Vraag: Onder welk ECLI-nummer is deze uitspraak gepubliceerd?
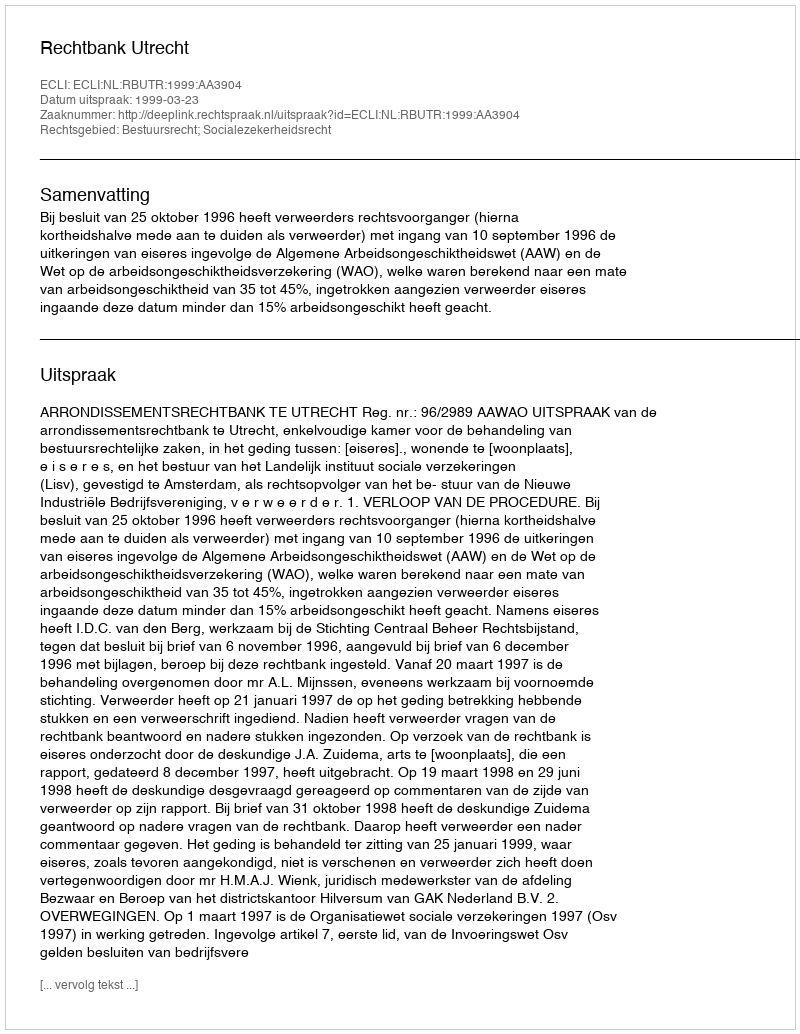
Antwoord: ECLI:NL:RBUTR:1999:AA3904